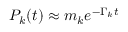
P _ { k } ( t ) \approx m _ { k } e ^ { - \Gamma _ { k } t }